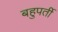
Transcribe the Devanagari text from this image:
बहुपर्ती